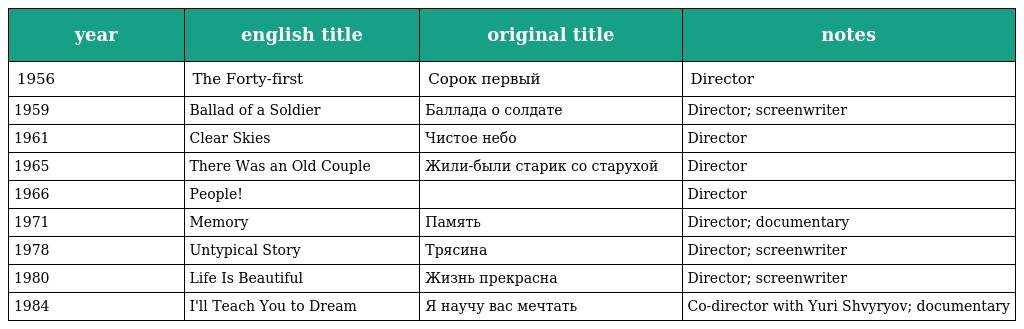
| year | english title | original title | notes |
 | --- | --- | --- | --- |
 | 1956 | The Forty-first | Сорок первый | Director |
 | 1959 | Ballad of a Soldier | Баллада о солдате | Director; screenwriter |
 | 1961 | Clear Skies | Чистое небо | Director |
 | 1965 | There Was an Old Couple | Жили-были старик со старухой | Director |
 | 1966 | People! |  | Director |
 | 1971 | Memory | Память | Director; documentary |
 | 1978 | Untypical Story | Трясина | Director; screenwriter |
 | 1980 | Life Is Beautiful | Жизнь прекрасна | Director; screenwriter |
 | 1984 | I'll Teach You to Dream | Я научу вас мечтать | Co-director with Yuri Shvyryov; documentary |